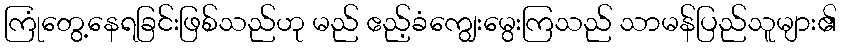
ကြုံတွေ့နေရခြင်းဖြစ်သည်ဟု မည် ဧည့်ခံကျွေးမွေးကြသည် သာမန်ပြည်သူများ၏